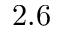
2 . 6